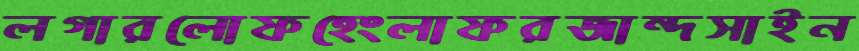
লগারলোফহেংলাফরজান্দসাইন